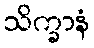
သိက္ခာနံ